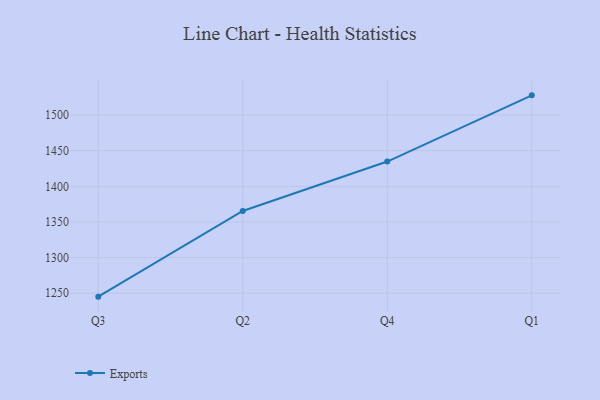
{"axis": {"x": "Quarter", "y": "Shipments"}, "legend": ["Exports"], "data": [{"x": "Q3", "y": 1245.2, "type": "Exports"}, {"x": "Q2", "y": 1365.4, "type": "Exports"}, {"x": "Q4", "y": 1434.7, "type": "Exports"}, {"x": "Q1", "y": 1527.6, "type": "Exports"}]}